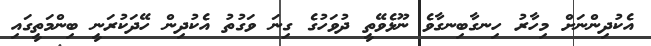
އެކުދިންނަށް މިހާރު ހިނގާބިނގާވެ ނޫޅެވޭތީ ދުވަހުގެ ގިނަ ވަގުތު އެކުދިން ހޭދަކުރަނީ ބިންމަތީގައި